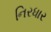
નિરધાર